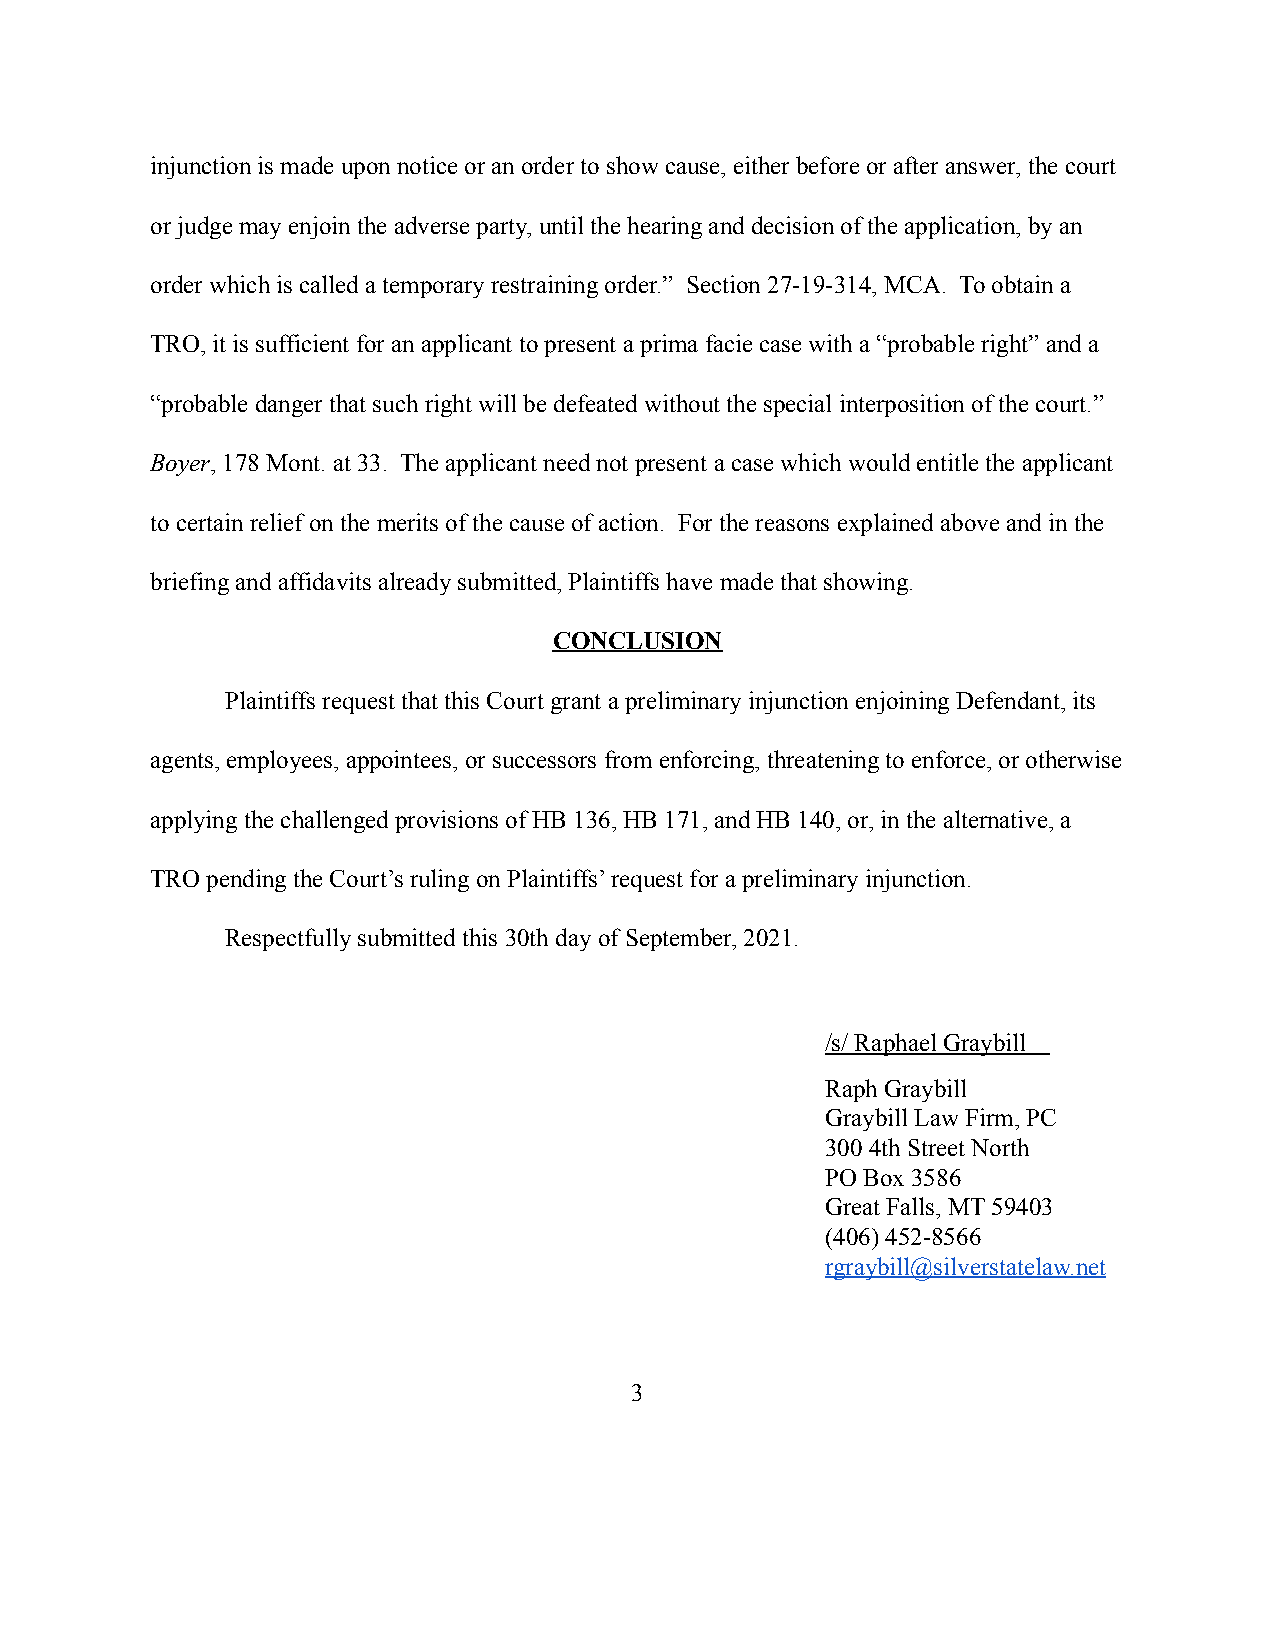
injunction is made upon notice or an order to show cause, either before or after answer, the court
 or judge may enjoin the adverse party, until the hearing and decision of the application, by an
 order which is called a temporary restraining order.” Section 27-19-314, MCA. To obtain a
 TRO, it is sufficient for an applicant to present a prima facie case with a “probable right” and a
 “probable danger that such right will be defeated without the special interposition of the court.”
 Boyer, 178 Mont. at 33. The applicant need not present a case which would entitle the applicant
 to certain relief on the merits of the cause of action. For the reasons explained above and in the
 briefing and affidavits already submitted, Plaintiffs have made that showing.
 CONCLUSION
 Plaintiffs request that this Court grant a preliminary injunction enjoining Defendant, its
 agents, employees, appointees, or successors from enforcing, threatening to enforce, or otherwise
 applying the challenged provisions of HB 136, HB 171, and HB 140, or, in the alternative, a
 TRO pending the Court’s ruling on Plaintiffs’ request for a preliminary injunction.
 Respectfully submitted this 30th day of September, 2021.
 /s/ Raphael Graybill
 Raph Graybill
 Graybill Law Firm, PC
 300 4th Street North
 PO Box 3586
 Great Falls, MT 59403
 (406) 452-8566
 rgraybill@silverstatelaw.net
 3